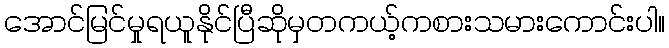
အောင်မြင်မှုရယူနိုင်ပြီဆိုမှတကယ့်ကစားသမားကောင်းပါ။